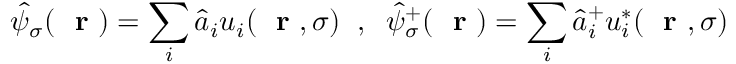
\hat { \psi } _ { \sigma } ( \mathrm { ~ \bf ~ r ~ } ) = \sum _ { i } \hat { a } _ { i } u _ { i } ( \mathrm { ~ \bf ~ r ~ } , \sigma ) \; \; , \; \; \hat { \psi } _ { \sigma } ^ { + } ( \mathrm { ~ \bf ~ r ~ } ) = \sum _ { i } \hat { a } _ { i } ^ { + } u _ { i } ^ { * } ( \mathrm { ~ \bf ~ r ~ } , \sigma )